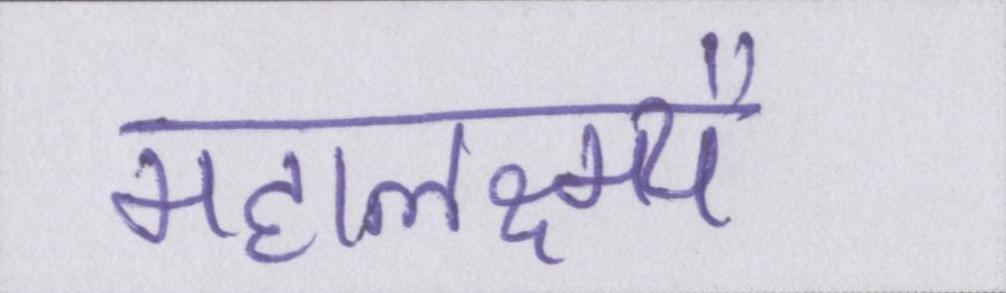
महालक्ष्म्यै